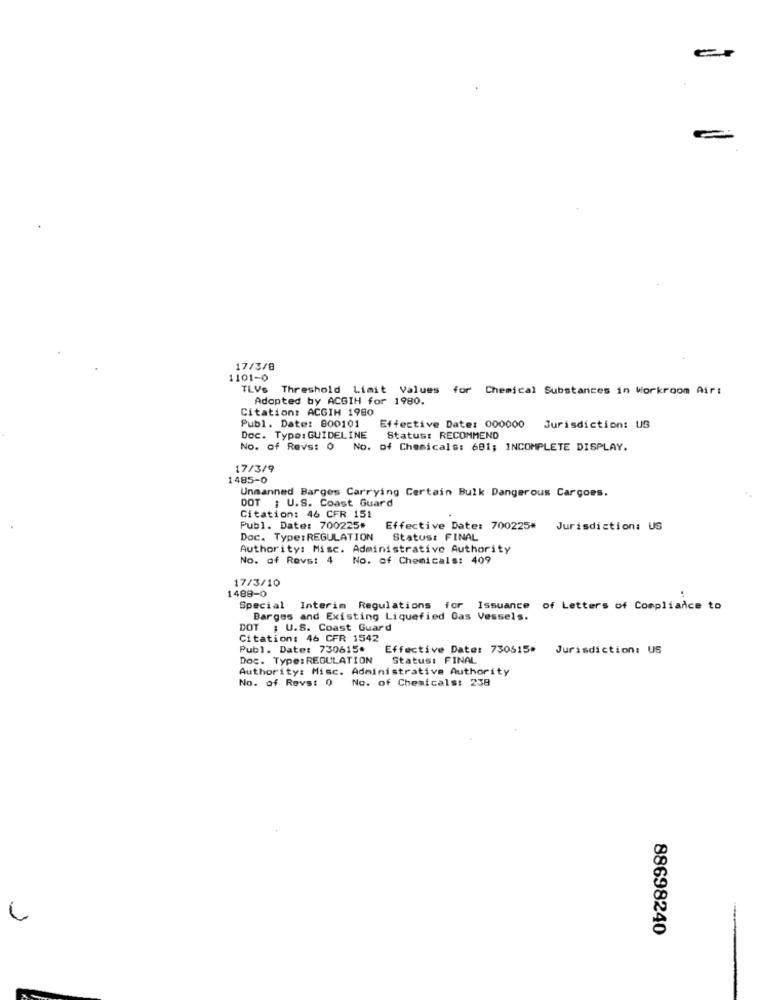
17/3/8
1101-0
TLVs Threshold Limit Values for Chemical Substances in Workroom Air:
Adopted by ACGIH for 1980.
Citation: ACGIH 1980
Publ. Date: 800101
Effective Date: 000000
Jurisdiction: US
Doc. Type: GUIDELINE
Status: RECOMMEND
No. of Revs: 0
No. of Chemicals: 681; INCOMPLETE DISPLAY.
17/3/9
1485-0
Unmanned Barges Carrying Certain Bulk Dangerous Cargoes.
DOT ; U.S. Coast Guard
Citation: 46 CFR 151
Publ. Date: 700225#
Effective Date: 700225* Jurisdiction: US
Doc. Type:REGULATION Status: FINAL
Authority: Misc. Administrative Authority
No. of Revs: 4
No. of Chemicals: 409
17/3/10
1488-0
Special Interim Regulations for Issuance of Letters of Compliance to
Barges and Existing Liquefied Gas Vessels.
DOT ; U.S. Coast Guard
Citation: 46 CFR 1542
Publ. Date: 730615.
Effective Date: 730615>
Jurisdiction: US
Doc. Type: REGULATION
Status: FINAL
Authority: Misc. Administrative Authority
No. of Revs: 0 No. of Chemicals: 238
88698240